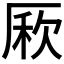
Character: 𠪁